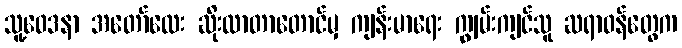
သူ့ဝေဒနာ အတော်လေး ဆိုးလာတာတောင်မှ ကျန်းမာရေး ကျွမ်းကျင်သူ ဆရာဝန်တွေက